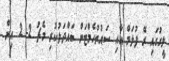
ލީގުގައި ރޭ ފުލަމް އާއި ސައުތުހެމްޓަން ބައްދަލުކުރި މެޗު 2- 2 އިން